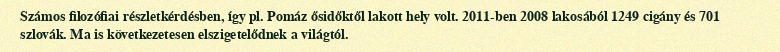
Számos filozófiai részletkérdésben, így pl. Pomáz ősidőktől lakott hely volt. 2011-ben 2008 lakosából 1249 cigány és 701 szlovák. Ma is következetesen elszigetelődnek a világtól.